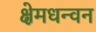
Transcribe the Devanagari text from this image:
क्षेमधन्वन